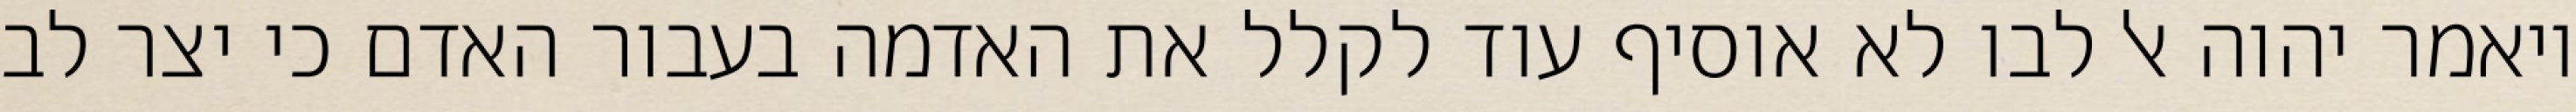
ויאמר יהוה אל לבו לא אוסיף עוד לקלל את האדמה בעבור האדם כי יצר לב